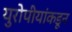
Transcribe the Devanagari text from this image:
युरोपीयांकडून